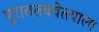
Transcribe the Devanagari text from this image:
पुरातत्त्ववेत्त्याला